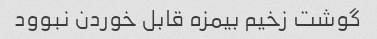
گوشت زخیم بیمزه قابل خوردن نبوود